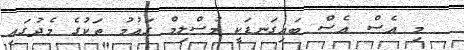
މި އެސް އެސް ބައިގަނޑަކީ މުސްލިމް ގައުމު ތަކުގެ މެދުގައި